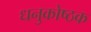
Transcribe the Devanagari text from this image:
धनुकोष्ठक